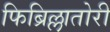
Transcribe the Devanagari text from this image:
फिब्रिल्लातोरी